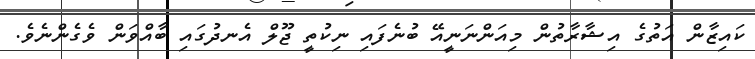
ކައިޒާން އަތުގެ އިޝާރާތުން މިއަންނަނީއޭ ބުނެފައި ނިކުތީ ޖޫލް އެނދުގައި ބާއްވަން ވެގެންނެވެ.